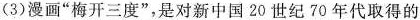
(3)漫画”梅开三度”，是对新中国20世纪70年代取得的